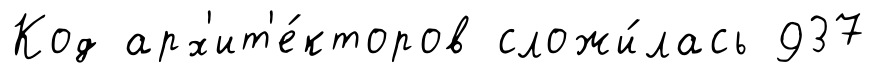
Код арх'ит'е́кторов сложи́лась 937